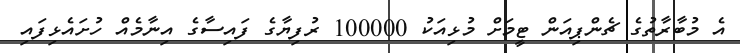
އެ މުބާރާތުގެ ޗެންޕިއަން ޓީމަށް މުޅިއަކު 100000 ރުފިޔާގެ ފައިސާގެ އިނާމެއް ހުށައެޅިފައި